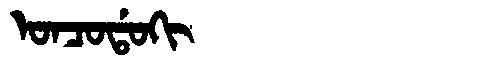
Manchu: ᠣᠨᠴᠣᡩᠣᡴᡳ
Romanization: ONCODOKI